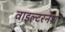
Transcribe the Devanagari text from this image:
वाइल्टरनेश